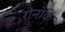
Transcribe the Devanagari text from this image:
रोनोके